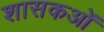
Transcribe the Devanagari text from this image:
शासकओं